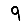
Digit: 9